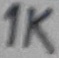
Text: 1K